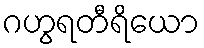
ဂဟွရတီရိယော